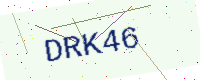
Text: DRK46